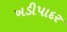
ખડીપાદર